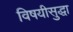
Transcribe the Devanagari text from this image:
विषयीसुद्धा